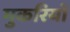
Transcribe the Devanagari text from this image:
मुकरियों